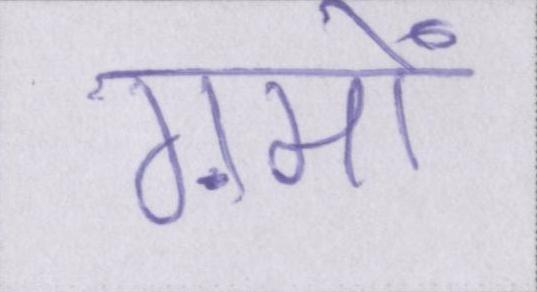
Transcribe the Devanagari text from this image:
ग़मों